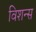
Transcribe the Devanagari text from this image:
विशन्स